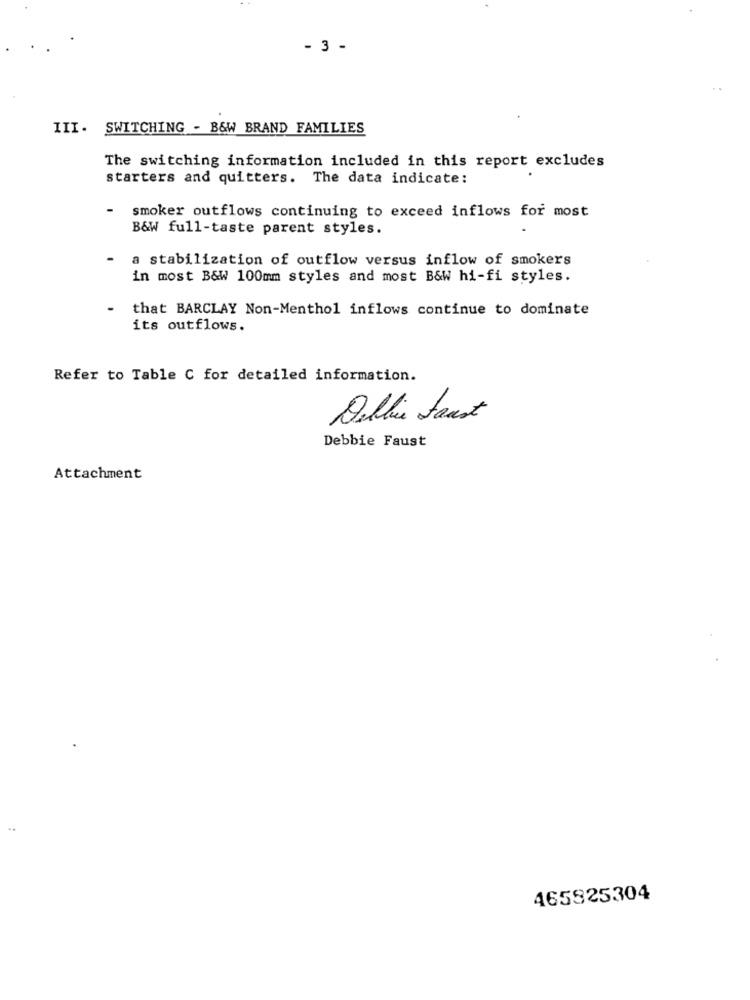
- 3 -
III. SWITCHING - B&W BRAND FAMILIES
The switching information included in this report excludes
starters and quitters. The data indicate:
-
smoker outflows continuing to exceed inflows for most
B&W full-taste parent styles.
-
a stabilization of outflow versus inflow of smokers
in most B&W 100mm styles and most B&W hi-fi styles.
that BARCLAY Non-Menthol inflows continue to dominate
its outflows.
Refer to Table C for detailed information.
Dellie faust
Debbie Faust
Attachment
465825304